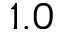
1 . 0